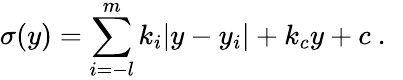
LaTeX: \sigma(y)=\sum_{i=-l}^{m}k_{i}|y-y_{i}|+k_{c}y+c~.~\,